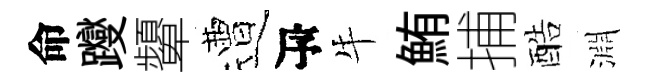
命躞顰遭瓴牛鮪捕酷淵